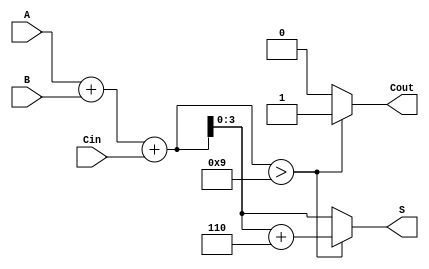
module BCD_Carry_Lookahead_Adder (
    input [3:0] A,      // First BCD digit
    input [3:0] B,      // Second BCD digit
    input Cin,          // Carry-in
    output reg [3:0] S, // BCD sum
    output reg Cout     // Carry-out
);

    wire [4:0] sum;     // 5-bit sum to check for BCD overflow
    wire [3:0] P;       // Propagate signals
    wire [3:0] G;       // Generate signals
    wire C1, C2, C3;    // Carry signals

    // Propagate and Generate signals
    assign P = A ^ B;     // P = A  B
    assign G = A & B;     // G = A  B

    // Carry Generation
    assign C1 = G[0] | (P[0] & Cin);
    assign C2 = G[1] | (P[1] & G[0]) | (P[1] & P[0] & Cin);
    assign C3 = G[2] | (P[2] & G[1]) | (P[2] & P[1] & P[0] & Cin);

    // Initial sum calculation
    assign sum = A + B + Cin;

    // Correction logic
    always @(*) begin
        if (sum > 9) begin
            S = sum + 6; // Apply correction
            Cout = 1;    // Carry-out is generated
        end else begin
            S = sum[3:0]; // No correction needed
            Cout = 0;     // No carry-out
        end
    end

endmodule